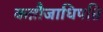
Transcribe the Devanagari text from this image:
कन्नौजाधिपति